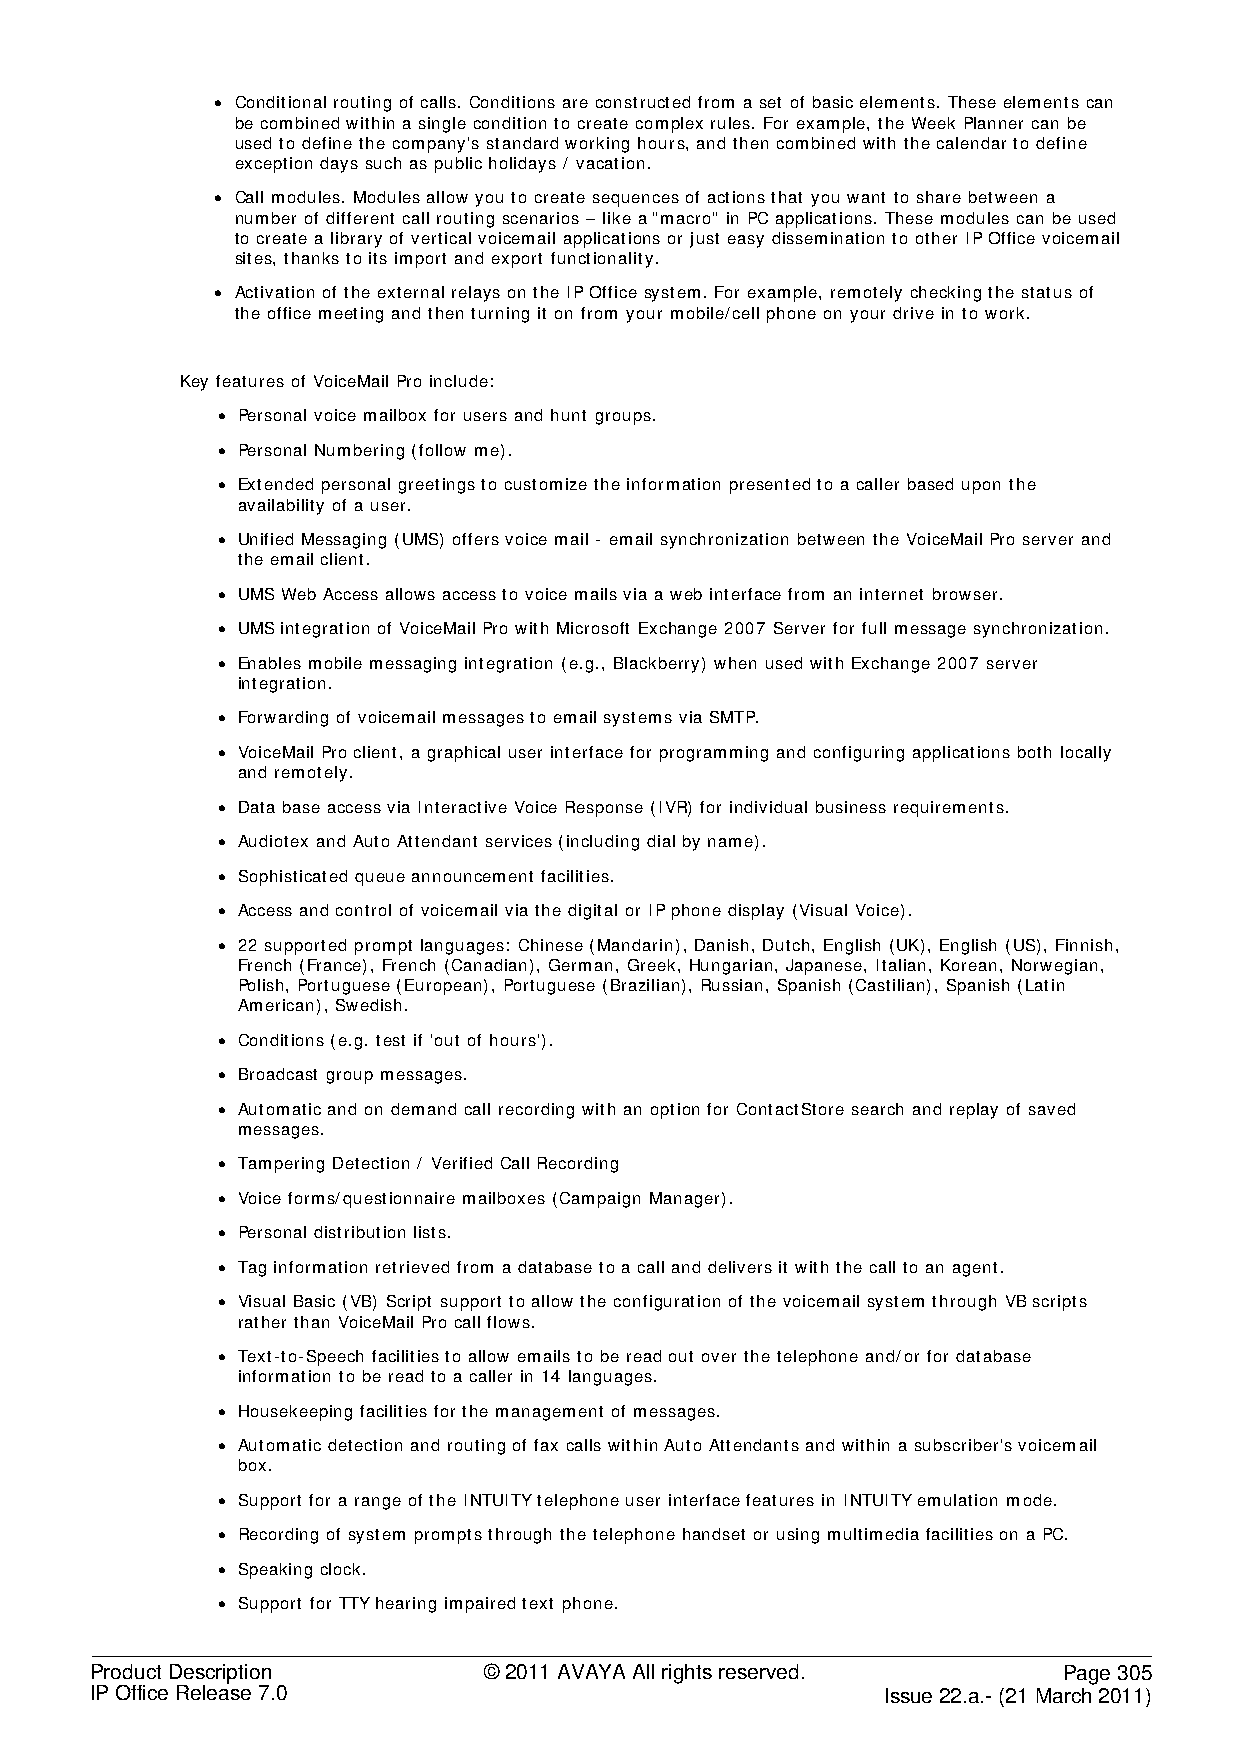
• Conditional routing of calls. Conditions are constructed from a set of basic elements. These elements can
 be combined within a single condition to create complex rules. For example, the Week Planner can be
 used to define the company's standard working hours, and then combined with the calendar to define
 exception days such as public holidays / vacation.
 • Call modules. Modules allow you to create sequences of actions that you want to share between a
 number of different call routing scenarios – like a "macro" in PC applications. These modules can be used
 to create a library of vertical voicemail applications or just easy dissemination to other IP Office voicemail
 sites, thanks to its import and export functionality.
 • Activation of the external relays on the IP Office system. For example, remotely checking the status of
 the office meeting and then turning it on from your mobile/cell phone on your drive in to work.
 Key features of VoiceMail Pro include:
 • Personal voice mailbox for users and hunt groups.
 • Personal Numbering (follow me).
 • Extended personal greetings to customize the information presented to a caller based upon the
 availability of a user.
 • Unified Messaging (UMS) offers voice mail - email synchronization between the VoiceMail Pro server and
 the email client.
 • UMS Web Access allows access to voice mails via a web interface from an internet browser.
 • UMS integration of VoiceMail Pro with Microsoft Exchange 2007 Server for full message synchronization.
 • Enables mobile messaging integration (e.g., Blackberry) when used with Exchange 2007 server
 integration.
 • Forwarding of voicemail messages to email systems via SMTP.
 • VoiceMail Pro client, a graphical user interface for programming and configuring applications both locally
 and remotely.
 • Data base access via Interactive Voice Response (IVR) for individual business requirements.
 • Audiotex and Auto Attendant services (including dial by name).
 • Sophisticated queue announcement facilities.
 • Access and control of voicemail via the digital or IP phone display (Visual Voice).
 • 22 supported prompt languages: Chinese (Mandarin), Danish, Dutch, English (UK), English (US), Finnish,
 French (France), French (Canadian), German, Greek, Hungarian, Japanese, Italian, Korean, Norwegian,
 Polish, Portuguese (European), Portuguese (Brazilian), Russian, Spanish (Castilian), Spanish (Latin
 American), Swedish.
 • Conditions (e.g. test if 'out of hours').
 • Broadcast group messages.
 • Automatic and on demand call recording with an option for ContactStore search and replay of saved
 messages.
 • Tampering Detection / Verified Call Recording
 • Voice forms/questionnaire mailboxes (Campaign Manager).
 • Personal distribution lists.
 • Tag information retrieved from a database to a call and delivers it with the call to an agent.
 • Visual Basic (VB) Script support to allow the configuration of the voicemail system through VB scripts
 rather than VoiceMail Pro call flows.
 • Text-to-Speech facilities to allow emails to be read out over the telephone and/or for database
 information to be read to a caller in 14 languages.
 • Housekeeping facilities for the management of messages.
 • Automatic detection and routing of fax calls within Auto Attendants and within a subscriber's voicemail
 box.
 • Support for a range of the INTUITY telephone user interface features in INTUITY emulation mode.
 • Recording of system prompts through the telephone handset or using multimedia facilities on a PC.
 • Speaking clock.
 • Support for TTY hearing impaired text phone.
 Product Description       © 2011 AVAYA All rights reserved.     Page 305
 IP Office Release 7.0                                Issue 22.a.- (21 March 2011)